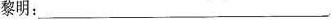
黎明：___